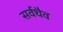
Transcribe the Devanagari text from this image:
सर्वथैव